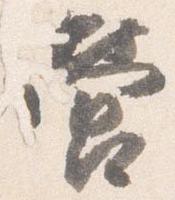
営